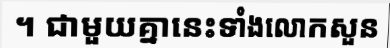
។ ជាមួយគ្នានេះទាំងលោកសួន